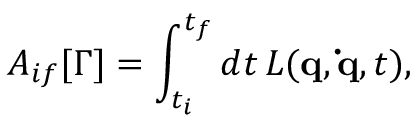
A _ { i f } [ \Gamma ] = \int _ { t _ { i } } ^ { t _ { f } } d t \, L ( \mathbf { q } , \mathbf { \dot { q } } , t ) ,